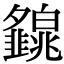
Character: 𤾿